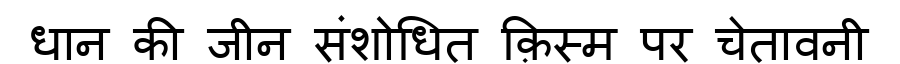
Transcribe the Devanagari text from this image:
धान की जीन संशोधित क़िस्म पर चेतावनी